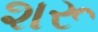
શરૂ